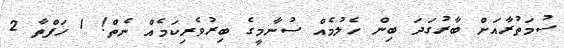
ސުމަތުރާއަށް ބާރުގަދަ ބިން ހެލުމެއް ސުނާމީގެ ބިރުވެރިކަމެއް ނެތް! 1 ހަފްތާ 2